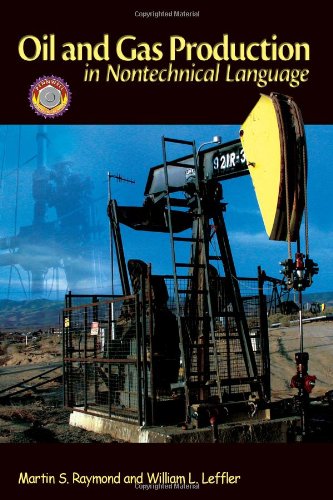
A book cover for Oil & Gas Production in Nontechnical Language; Martin S. Raymond; Engineering & Transportation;